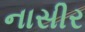
નાસીર